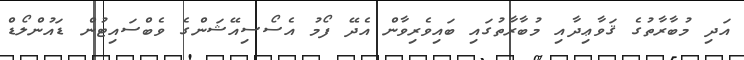
އަދި މުބާރާތުގެ ޤަވާޢިދާއި މުބާރާތުގައި ބައިވެރިވާން އެދޭ ފޯމު އެސޯސިއޭޝަންގެ ވެބްސައިޓުން ޑައުންލޯޑް